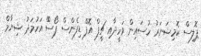
ޕޮލިސް ކޮމިޝަނަރު ހުސައިން ވަހީދާއި ޗީފް އޮފް ޑިފެންސް ފޯސްް އަހުމަދު ޝިޔާމް